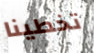
تخطينا